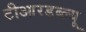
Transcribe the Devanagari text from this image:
टीआरडब्ल्यू